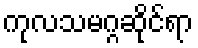
ကုလသမဂ္ဂဆိုင်ရာ